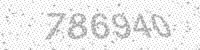
Solution: 786940